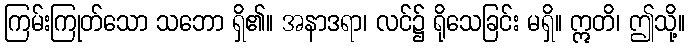
ကြမ်းကြုတ်သော သဘော ရှိ၏။ အနာဒရာ၊ လင်၌ ရိုသေခြင်း မရှိ။ ဣတိ၊ ဤသို့။